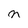
Character: n